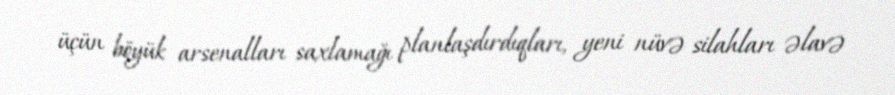
üçün böyük arsenalları saxlamağı planlaşdırdıqları, yeni nüvə silahları əlavə